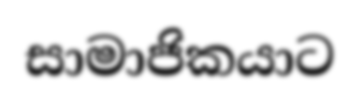
සාමාජිකයාට